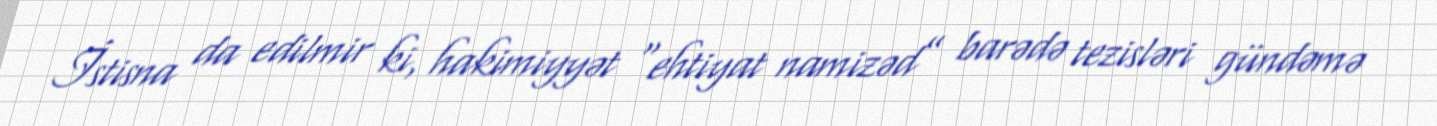
İstisna da edilmir ki, hakimiyyət “ehtiyat namizəd” barədə tezisləri gündəmə